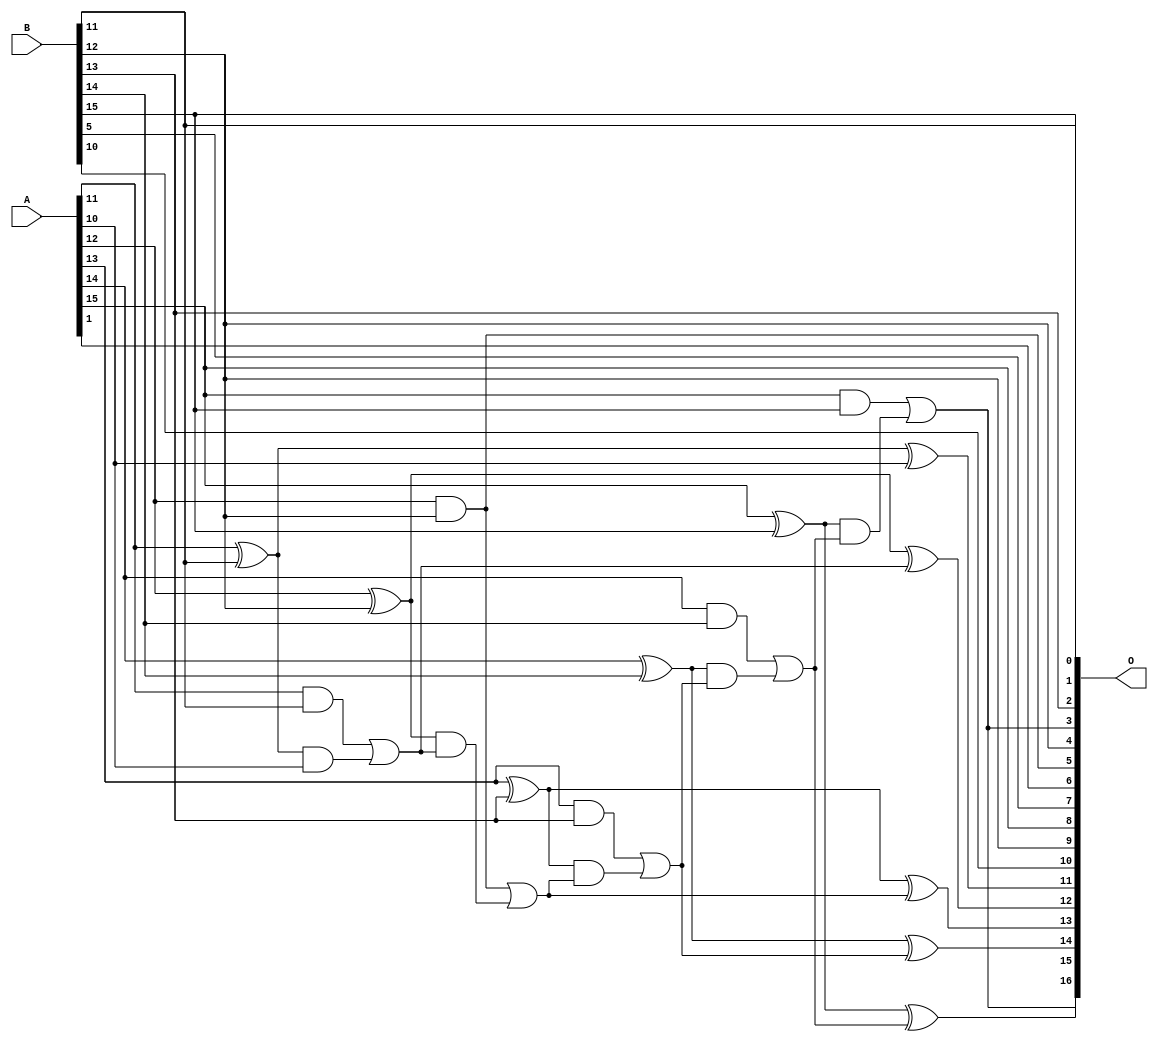
/***
* This code is a part of EvoApproxLib library (ehw.fit.vutbr.cz/approxlib) distributed under The MIT License.
* When used, please cite the following article(s):  
* This file contains a circuit from a sub-set of pareto optimal circuits with respect to the pwr and wce parameters
***/
// MAE% = 0.46 %
// MAE = 601 
// WCE% = 1.54 %
// WCE = 2013 
// WCRE% = 3100.00 %
// EP% = 99.95 %
// MRE% = 1.28 %
// MSE = 531274 
// PDK45_PWR = 0.022 mW
// PDK45_AREA = 46.9 um2
// PDK45_DELAY = 0.43 ns


module add16u_0B4(A, B, O);
  input [15:0] A, B;
  output [16:0] O;
  wire sig_84, sig_85, sig_86, sig_88, sig_89, sig_91;
  wire sig_93, sig_94, sig_95, sig_96, sig_98, sig_99;
  wire sig_100, sig_101, sig_103, sig_104, sig_105, sig_106;
  assign sig_84 = A[11] ^ B[11];
  assign sig_85 = A[11] & B[11];
  assign sig_86 = sig_84 & A[10];
  assign O[11] = sig_84 ^ A[10];
  assign sig_88 = sig_85 | sig_86;
  assign sig_89 = A[12] ^ B[12];
  assign O[5] = A[12] & B[12];
  assign sig_91 = sig_89 & sig_88;
  assign O[12] = sig_89 ^ sig_88;
  assign sig_93 = O[5] | sig_91;
  assign sig_94 = A[13] ^ B[13];
  assign sig_95 = A[13] & B[13];
  assign sig_96 = sig_94 & sig_93;
  assign O[13] = sig_94 ^ sig_93;
  assign sig_98 = sig_95 | sig_96;
  assign sig_99 = A[14] ^ B[14];
  assign sig_100 = A[14] & B[14];
  assign sig_101 = sig_99 & sig_98;
  assign O[14] = sig_99 ^ sig_98;
  assign sig_103 = sig_100 | sig_101;
  assign sig_104 = A[15] ^ B[15];
  assign sig_105 = A[15] & B[15];
  assign sig_106 = sig_104 & sig_103;
  assign O[15] = sig_104 ^ sig_103;
  assign O[3] = sig_105 | sig_106;
  assign O[0] = B[11];
  assign O[1] = B[15];
  assign O[2] = B[13];
  assign O[4] = B[12];
  assign O[6] = A[1];
  assign O[7] = B[5];
  assign O[8] = A[15];
  assign O[9] = B[12];
  assign O[10] = B[10];
  assign O[16] = O[3];
endmodule